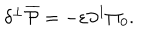
\delta ^ { \bot } \overline { { { \cal P } } } = - \varepsilon { \partial ^ { 1 } } \Pi _ { 0 } .